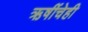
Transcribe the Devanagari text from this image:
ऋषींचेही